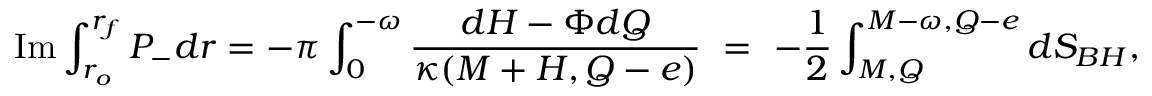
\mathrm { I m } \int _ { r _ { o } } ^ { r _ { f } } P _ { - } d r = - \pi \int _ { 0 } ^ { - \omega } { \frac { d { \cal H } - \Phi d Q } { \kappa ( M + { \cal H } , Q - e ) } } ~ = ~ - \frac { 1 } { 2 } \int _ { M , Q } ^ { M - \omega , Q - e } d S _ { B H } ,